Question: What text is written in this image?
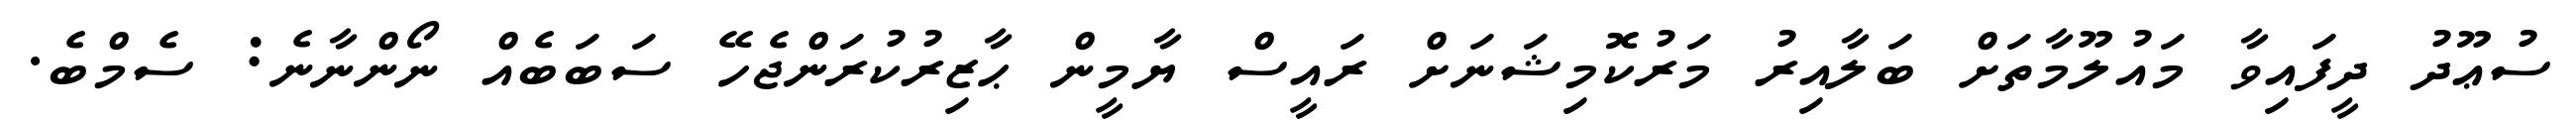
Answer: ސުޢޫދު ދީފައިވާ މައުލޫމާތަށް ބަލާއިރު މަރުކޮމިޝަނަށް ރައީސް ޔާމީން ޙާޒިރުކުރަންޖެހޭ ސަބަބެއް ނޯންނާނެ: ސެމްބެ.